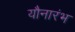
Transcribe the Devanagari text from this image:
यौनारंभ